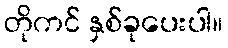
တိုကင် နှစ်ခုပေးပါ။